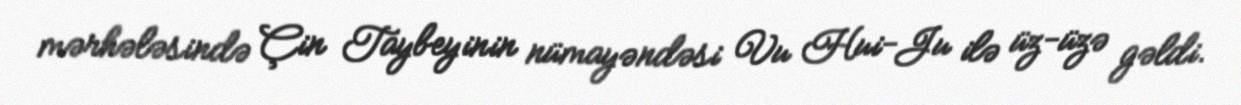
mərhələsində Çin Taybeyinin nümayəndəsi Vu Hui-Ju ilə üz-üzə gəldi.